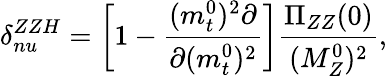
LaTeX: \delta_{nu}^{ZZH}=\left[1-{\frac{(m_{t}^{0})^{2}\partial}{\partial(m_{t}^{0})^{2}}}\right]{\frac{\Pi_{ZZ}(0)}{(M_{Z}^{0})^{2}}},